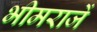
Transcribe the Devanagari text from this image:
भीमराजें